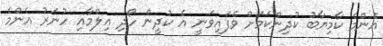
އެންމެ ކާމިޔާބު ކުދިންކަމަށް ވެފައިވަނީ އެ ކުދީން ހޯދި ޢިލްމާއި ހުނަރު އެންމެ